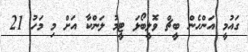
ގައުމީ އަންހެން ބީޗް ވޮލީބޯޅަ ޓީމު ލަންކާ އަށް މި މަހު 21